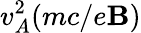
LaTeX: v_{A}^{2}(mc/e\mathbf{B})